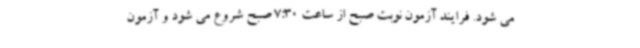
می شود. فرایند آزمون نوبت صبح از ساعت 7:30 صبح شروع می شود و آزمون